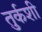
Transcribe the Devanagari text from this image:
तुर्कशी